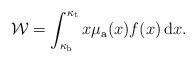
LaTeX: \begin{align*}\mathcal{W}=\int_{\kappa_{\rm b}}^{\kappa_{\rm t}} x\mu_{\rm a}(x) f(x) \,\mathrm{d} x.\end{align*}